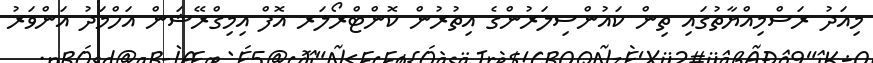
މިއަދު ރަސްމިއްޔާތުގައި ތިން ކައުންސިލަރުންގެ އިތުރުން ކޮންޓްރޯލަރ އޮފް އިމިގްރޭޝަން އަހްމަދު އަންވަރު